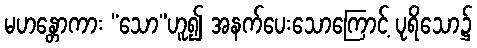
မဟန္တောကား “သော”ဟူ၍ အနက်ပေးသောကြောင့် ပုရိသော၌